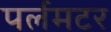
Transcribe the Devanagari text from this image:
पर्लमटर